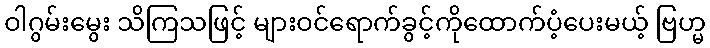
ဝါဂွမ်းမွေး သိကြသဖြင့် များဝင်ရောက်ခွင့်ကိုထောက်ပံ့ပေးမယ့် ဗြဟ္မ